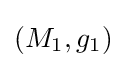
(M_{1},g_{1})